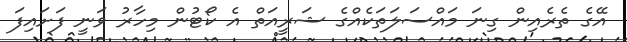
އޭގެ ތެރެއިން ގިނަ މައްސަލަތަކެއްގެ ޝަރީއަތް އެ ކޯޓުން މިހާރު ވަނީ ފަށައިފަ